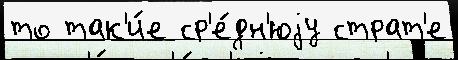
то так'и́е ср'е́дн'юjу страт'е